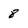
Character: 8